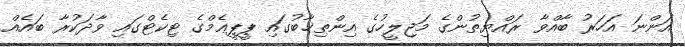
އަންނަ އަހަރު ބާއްވާ ރައްޔިތުންގެ މަޖިލީހުގެ އިންތިޚާބުގައި ޕީޕީޢެމްގެ ޓިކެޓްގައި ވާދަކުރާ ބައެއް